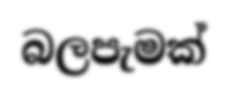
බලපැමක්